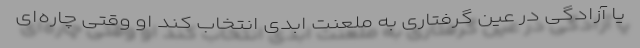
یا آزادگی در عین گرفتاری به ملعنت ابدی انتخاب کند او وقتی چاره‌ای